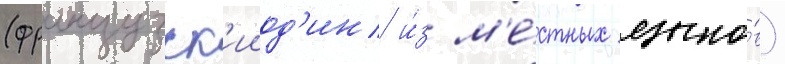
(французск'ииод'ин и́з м'е́стных языко́в)